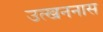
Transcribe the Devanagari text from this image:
उत्खननास